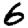
Digit: 6